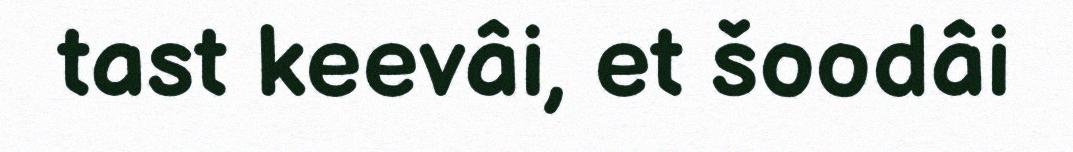
tast keevâi, et šoodâi